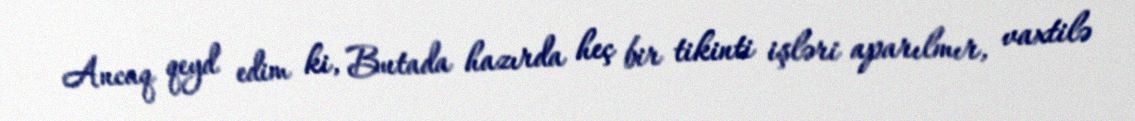
Ancaq qeyd edim ki, Butada hazırda heç bir tikinti işləri aparılmır, vaxtilə